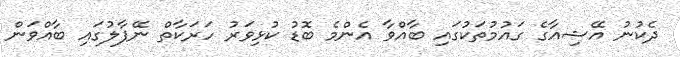
ދެކުނު އޭޝިއާގެ ގައުމުތަކުގައި ބާއްވާ އެންމެ ބޮޑު ކުޅިވަރު ހަރަކާތް ނޭޕާލުގައި ބާއްވަން